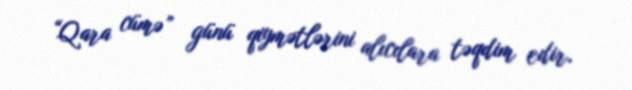
“Qara cümə” günü qiymətlərini alıcılara təqdim edir.